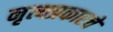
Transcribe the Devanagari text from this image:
नृत्यप्रकारचे